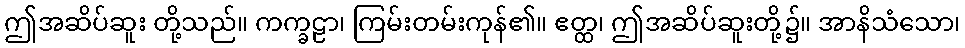
ဤအဆိပ်ဆူး တို့သည်။ ကက္ခဠာ၊ ကြမ်းတမ်းကုန်၏။ ဧတ္ထ၊ ဤအဆိပ်ဆူးတို့၌။ အာနိသံသော၊